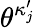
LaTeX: \theta^{\kappa_{j}^{\prime}}